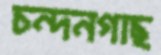
চন্দনগাছ